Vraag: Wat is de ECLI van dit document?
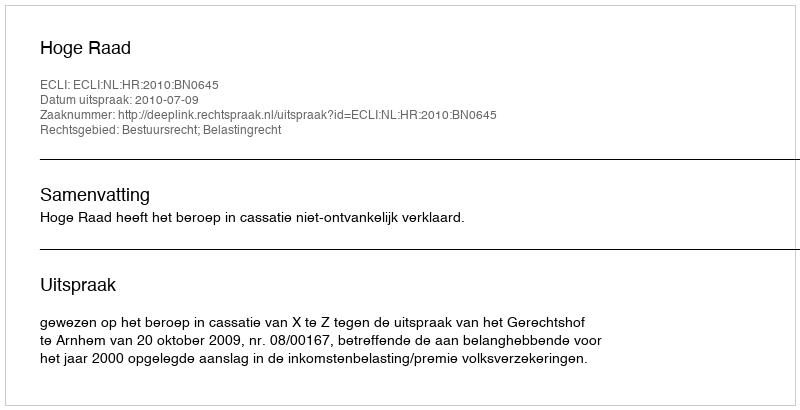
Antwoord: ECLI:NL:HR:2010:BN0645